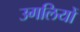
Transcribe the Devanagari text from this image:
उगलियों